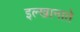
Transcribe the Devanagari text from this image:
इल्खानाते